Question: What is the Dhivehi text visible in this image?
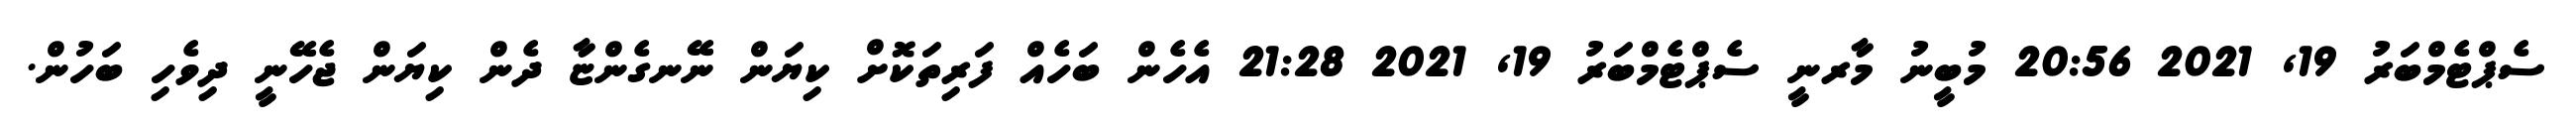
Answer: ސެޕްޓެމްބަރު 19, 2021 20:56 މުބީނު މާރނީ ސެޕްޓެމްބަރު 19, 2021 21:28 އެހެން ބަހެއް ފަރިތަކޮށް ކިޔަން ނޭނގެންޏާ ދެން ކިޔަން ޖެހޭނީ ދިވެހި ބަހުން.